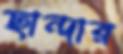
ছান্দার